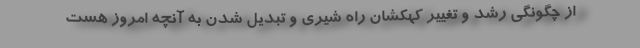
از چگونگی رشد و تغییر کهکشان راه شیری و تبدیل شدن به آنچه امروز هست